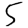
Digit: 5